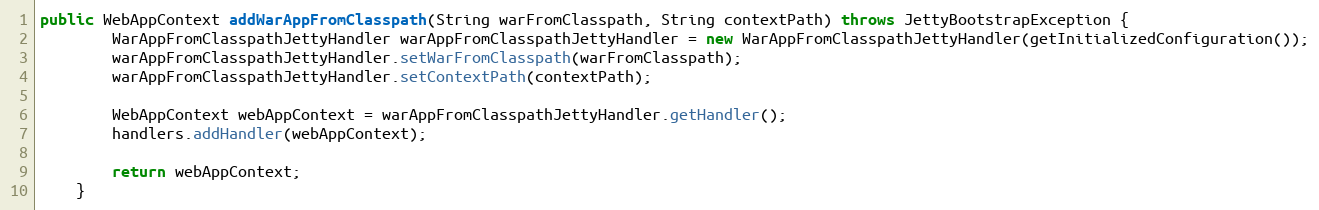
Language: Java
public WebAppContext addWarAppFromClasspath(String warFromClasspath, String contextPath) throws JettyBootstrapException {
        WarAppFromClasspathJettyHandler warAppFromClasspathJettyHandler = new WarAppFromClasspathJettyHandler(getInitializedConfiguration());
        warAppFromClasspathJettyHandler.setWarFromClasspath(warFromClasspath);
        warAppFromClasspathJettyHandler.setContextPath(contextPath);

        WebAppContext webAppContext = warAppFromClasspathJettyHandler.getHandler();
        handlers.addHandler(webAppContext);

        return webAppContext;
    }